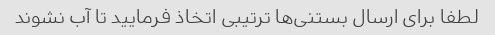
لطفا برای ارسال بستنی‌ها ترتیبی اتخاذ فرمایید تا آب نشوند